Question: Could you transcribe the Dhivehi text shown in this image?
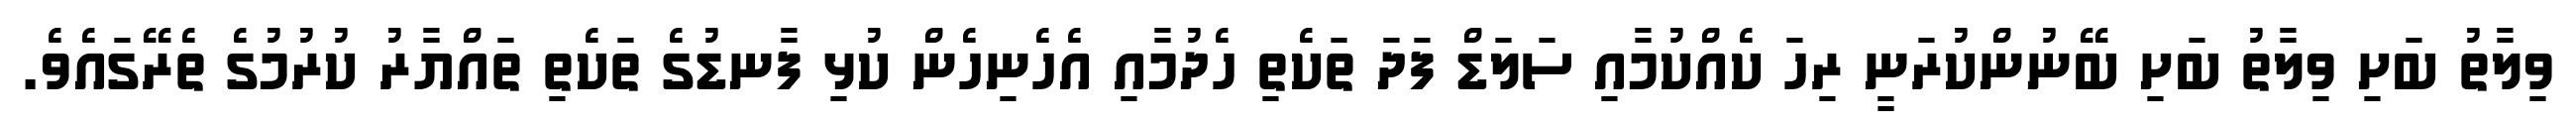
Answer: ވިލާތު ބަށި ވިލާތު ބަށި ބޭނުންކުރަނީ ރިހަ ކެއްކުމާއި ސަލަޑް ފަދަ ތަކެތި ހެދުމާއި އެހެނިހެން ކުޅި ފާނޑުގެ ތަކެތި ތައްޔާރު ކުރުމުގެ ތެރޭގައެވެ.